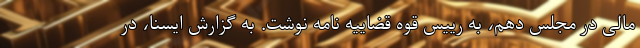
مالی در مجلس دهم، به رییس قوه قضاییه نامه نوشت. به گزارش ایسنا، در